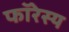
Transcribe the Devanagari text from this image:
फॉरेस्य